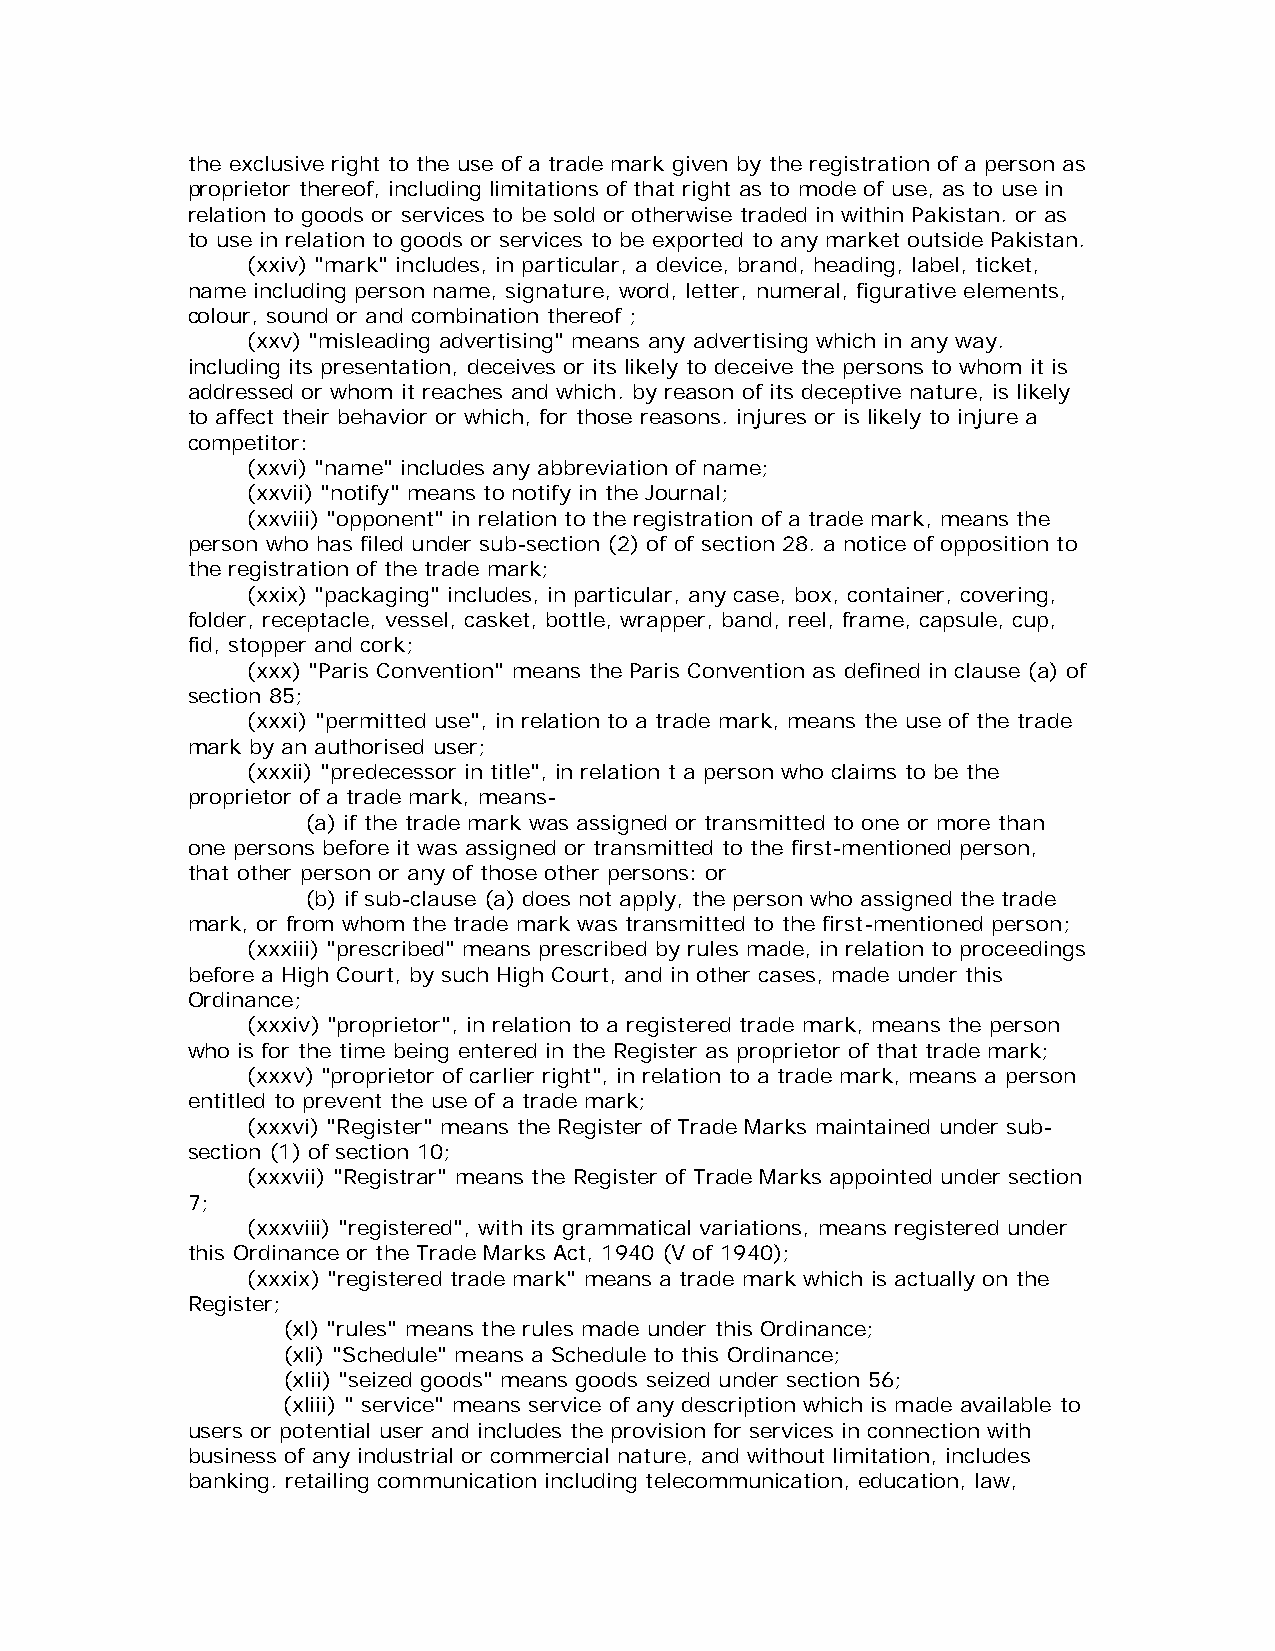
the exclusive right to the use of a trade mark given by the registration of a person as
 proprietor thereof, including limitations of that right as to mode of use, as to use in
 relation to goods or services to be sold or otherwise traded in within Pakistan. or as
 to use in relation to goods or services to be exported to any market outside Pakistan.
 (xxiv) "mark" includes, in particular, a device, brand, heading, label, ticket,
 name including person name, signature, word, letter, numeral, figurative elements,
 colour, sound or and combination thereof ;
 (xxv) "misleading advertising" means any advertising which in any way.
 including its presentation, deceives or its likely to deceive the persons to whom it is
 addressed or whom it reaches and which. by reason of its deceptive nature, is likely
 to affect their behavior or which, for those reasons. injures or is likely to injure a
 competitor:
 (xxvi) "name" includes any abbreviation of name;
 (xxvii) "notify" means to notify in the Journal;
 (xxviii) "opponent" in relation to the registration of a trade mark, means the
 person who has filed under sub-section (2) of of section 28. a notice of opposition to
 the registration of the trade mark;
 (xxix) "packaging" includes, in particular, any case, box, container, covering,
 folder, receptacle, vessel, casket, bottle, wrapper, band, reel, frame, capsule, cup,
 fid, stopper and cork;
 (xxx) "Paris Convention" means the Paris Convention as defined in clause (a) of
 section 85;
 (xxxi) "permitted use", in relation to a trade mark, means the use of the trade
 mark by an authorised user;
 (xxxii) "predecessor in title", in relation t a person who claims to be the
 proprietor of a trade mark, means-
 (a) if the trade mark was assigned or transmitted to one or more than
 one persons before it was assigned or transmitted to the first-mentioned person,
 that other person or any of those other persons: or
 (b) if sub-clause (a) does not apply, the person who assigned the trade
 mark, or from whom the trade mark was transmitted to the first-mentioned person;
 (xxxiii) "prescribed" means prescribed by rules made, in relation to proceedings
 before a High Court, by such High Court, and in other cases, made under this
 Ordinance;
 (xxxiv) "proprietor", in relation to a registered trade mark, means the person
 who is for the time being entered in the Register as proprietor of that trade mark;
 (xxxv) "proprietor of carlier right", in relation to a trade mark, means a person
 entitled to prevent the use of a trade mark;
 (xxxvi) "Register" means the Register of Trade Marks maintained under sub-
 section (1) of section 10;
 (xxxvii) "Registrar" means the Register of Trade Marks appointed under section
 7;
 (xxxviii) "registered", with its grammatical variations, means registered under
 this Ordinance or the Trade Marks Act, 1940 (V of 1940);
 (xxxix) "registered trade mark" means a trade mark which is actually on the
 Register;
 (xl) "rules" means the rules made under this Ordinance;
 (xli) "Schedule" means a Schedule to this Ordinance;
 (xlii) "seized goods" means goods seized under section 56;
 (xliii) " service" means service of any description which is made available to
 users or potential user and includes the provision for services in connection with
 business of any industrial or commercial nature, and without limitation, includes
 banking. retailing communication including telecommunication, education, law,